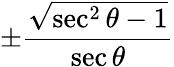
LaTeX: \pm{\frac{\sqrt{\sec^{2}\theta-1}}{\sec\theta}}